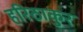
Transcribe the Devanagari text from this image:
हरिठाकुर